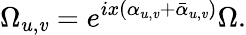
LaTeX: \Omega_{u,\mathit{v}}=e^{ix(\alpha_{u,\mathit{v}}+\bar{{\alpha}}_{u,\mathit{v}})}\Omega.